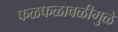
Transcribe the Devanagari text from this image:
फळफळावळीमुळे